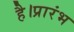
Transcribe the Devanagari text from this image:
है।प्रारंभ